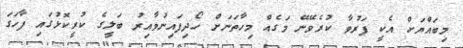
މިބައްޔަށް އެކީ ފަރުވާ ކުރެވޭނޭ މަގެއް މިހާތަނަށް ހޯދިފައިނުވާއިރު ބަލީގެ ކުރީކޮޅުގައި ފާހަގަ